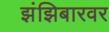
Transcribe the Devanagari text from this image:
झंझिबारवर